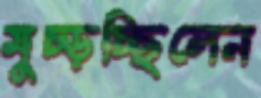
মুচ্‌ড়চ্ছিলেন